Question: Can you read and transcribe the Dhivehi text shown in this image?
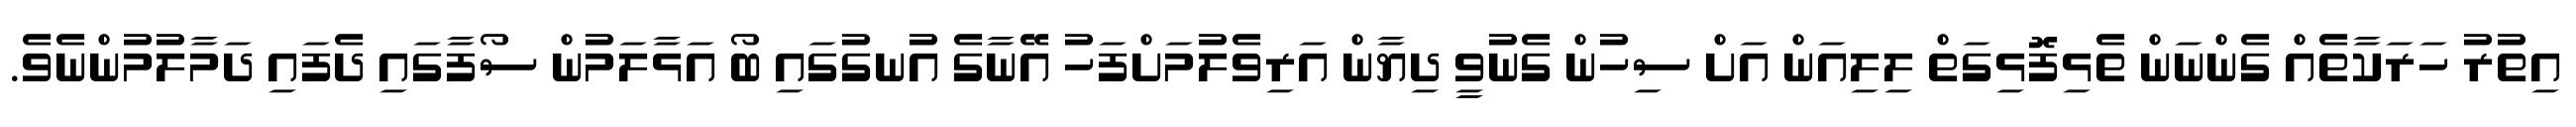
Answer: އިތުރު ހަރަކާތެއް ގެންނަން ތެޅިފޮޅިގަތް ލިލިއަން އަށް ސިހުން ގެނުވީ ދިޔާން އަރިވެލުމަށްފަހު އޭނާގެ އުނގުގައި ބޯ އަޅާލަމުން ސޯފާގައި ދެފައި ދަމާލުމުންނެވެ.